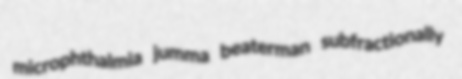
microphthalmia jumma beaterman subfractionally